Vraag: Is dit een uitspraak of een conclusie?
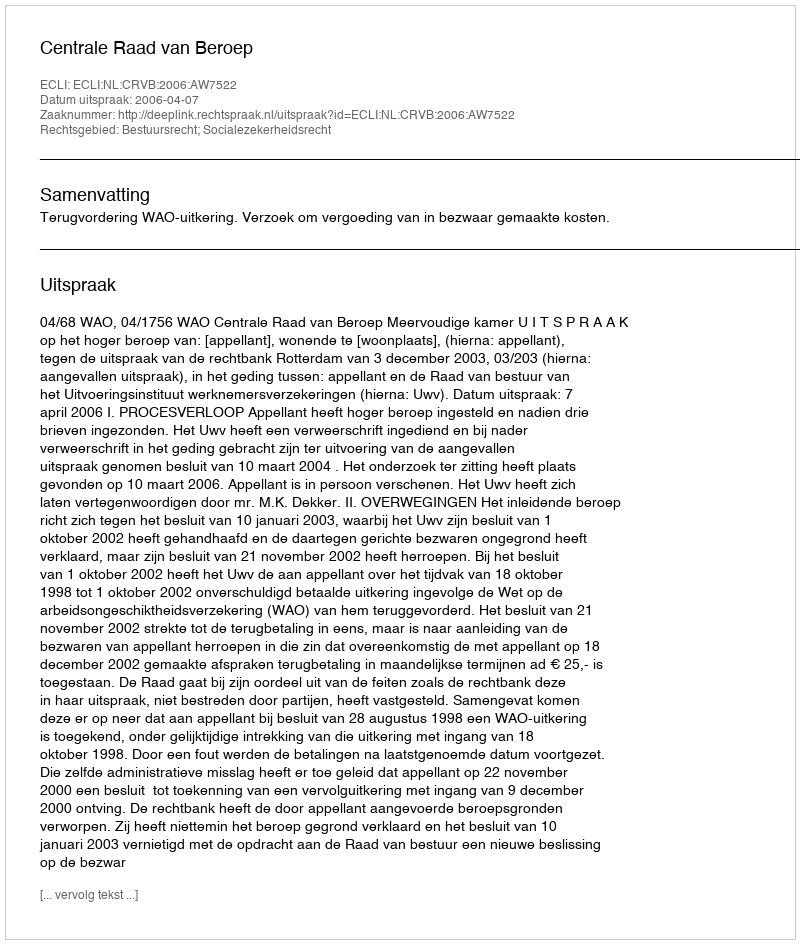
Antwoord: Uitspraak